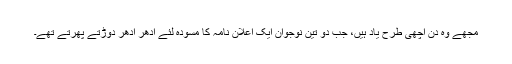
مجھے وہ دن اچھی طرح یاد ہیں، جب دو تین نوجوان ایک اعلان نامہ کا مسودہ لئے ادھر ادھر دوڑتے پھرتے تھے۔